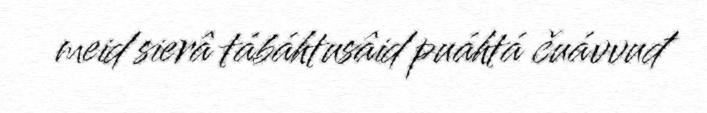
meid sierâ tábáhtusâid puáhtá čuávvuđ